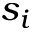
s _ { i }